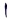
Text: 1